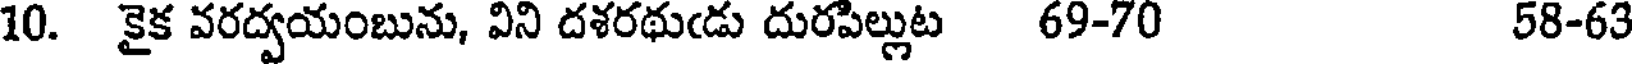
10. కైక వరద్వయంబును, విని దశరథుఁడు దురపిల్లుట 69-70 58-63